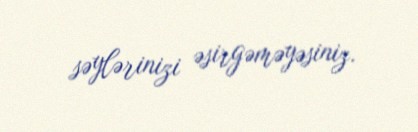
səylərinizi əsirgəməyəsiniz.